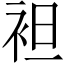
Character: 袒